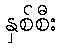
နှစ်စီး